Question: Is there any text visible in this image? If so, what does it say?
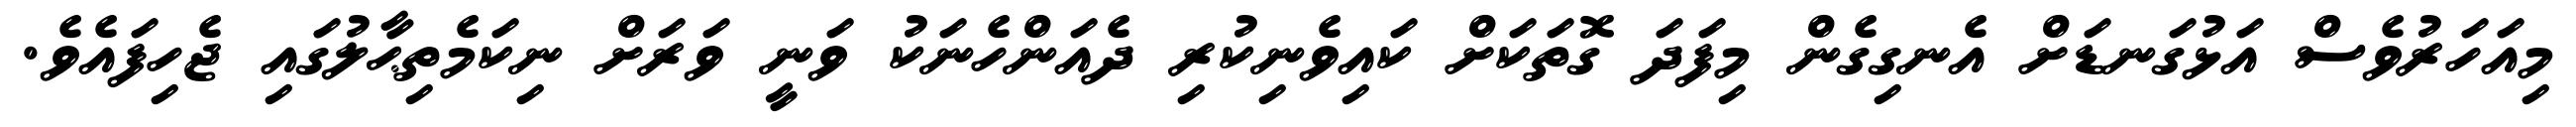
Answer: މިއަހަރުވެސް އަޅުގަނޑަށް އެނގިގެން މިފަދަ ގޮތަކަށް ކައިވެނިކުރި ދެއަންހެނަކު ވަނީ ވަރަށް ނިކަމެތިޙާލުގައި ޖެހިފައެވެ.